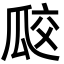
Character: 㼎